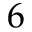
6